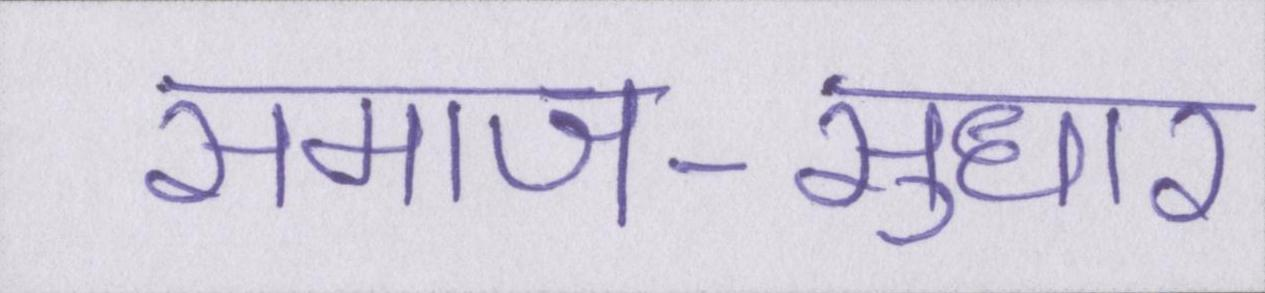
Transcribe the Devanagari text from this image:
समाज-सुधार